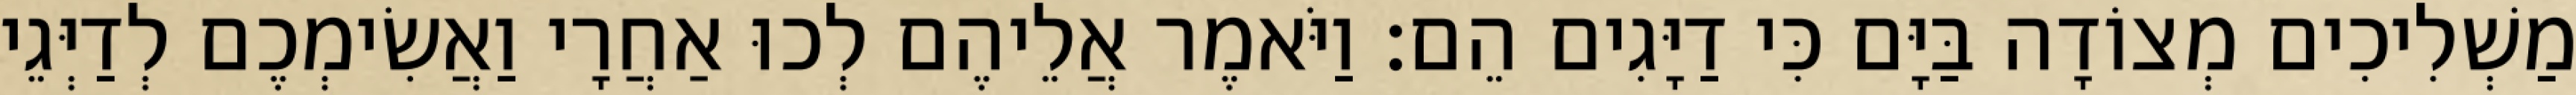
מַשְׁלִיכִים מְצוֹדָה בַּיָּם כִּי דַיָּגִים הֵם׃ וַיֹּאמֶר אֲלֵיהֶם לְכוּ אַחֲרָי וַאֲשִׂימְכֶם לְדַיְּגֵי